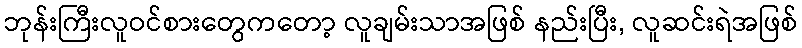
ဘုန်းကြီးလူဝင်စားတွေကတော့ လူချမ်းသာအဖြစ် နည်းပြီး, လူဆင်းရဲအဖြစ်